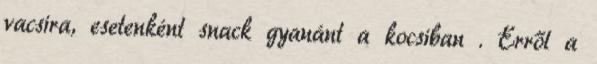
vacsira, esetenként snack gyanánt a kocsiban . Erről a